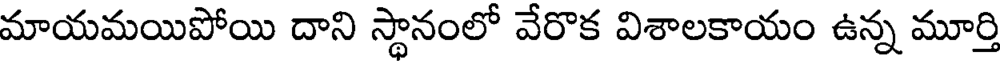
మాయమయిపోయి దాని స్థానంలో వేరొక విశాలకాయం ఉన్న మూర్తి